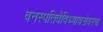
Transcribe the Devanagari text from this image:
वनस्पतिवैविध्याबरोबरच